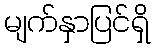
မျက်နှာပြင်ရှိ